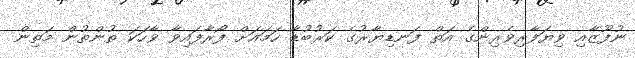
ނުފޫޒާއި ވިޔަފާރިވެރިންގެ އަތް ފަނޑިޔާރުގެ ކަރުބުޑާ ހަމައަށް ފޯރާފައިވާ ވާހަކަ ތުންތުން މަތިން